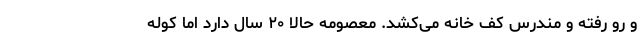
و رو رفته‌ و مندرس کف خانه می‌کشد. معصومه حالا ۲۰ سال دارد اما کوله